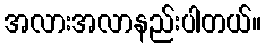
အလားအလာနည်းပါတယ်။